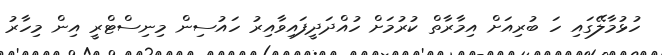
ހުޅުމާލޭގައި ހަ ބުރިއަށް އިމާރާތް ކުރުމަށް ހުއްދަދީފައިވާއިރު ހައުސިން މިނިސްޓްރީ އިން މިހާރު